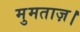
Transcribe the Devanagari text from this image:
मुमताज़।